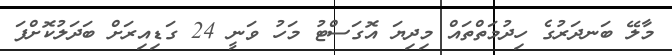
މާލޭ ބަނދަރުގެ ހިދުމަތްތައް މިދިޔަ އޮގަސްޓު މަހު ވަނީ 24 ގަޑިއިރަށް ބަދަލުކޮށްފަ